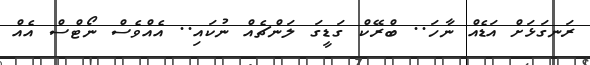
ރަނގަޅަށް އަޑެއް ނާހަ.. ބްރޭކް ގަޑީގަ ލަންޗެއް ނުކައި.. އެއްވެސް ނޯޓްސް އެއް